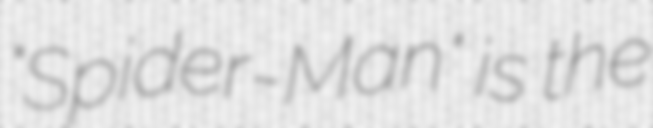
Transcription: "Spider-Man" is the